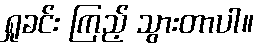
ရှုခင်း ကြည့် သွားတာပါ။